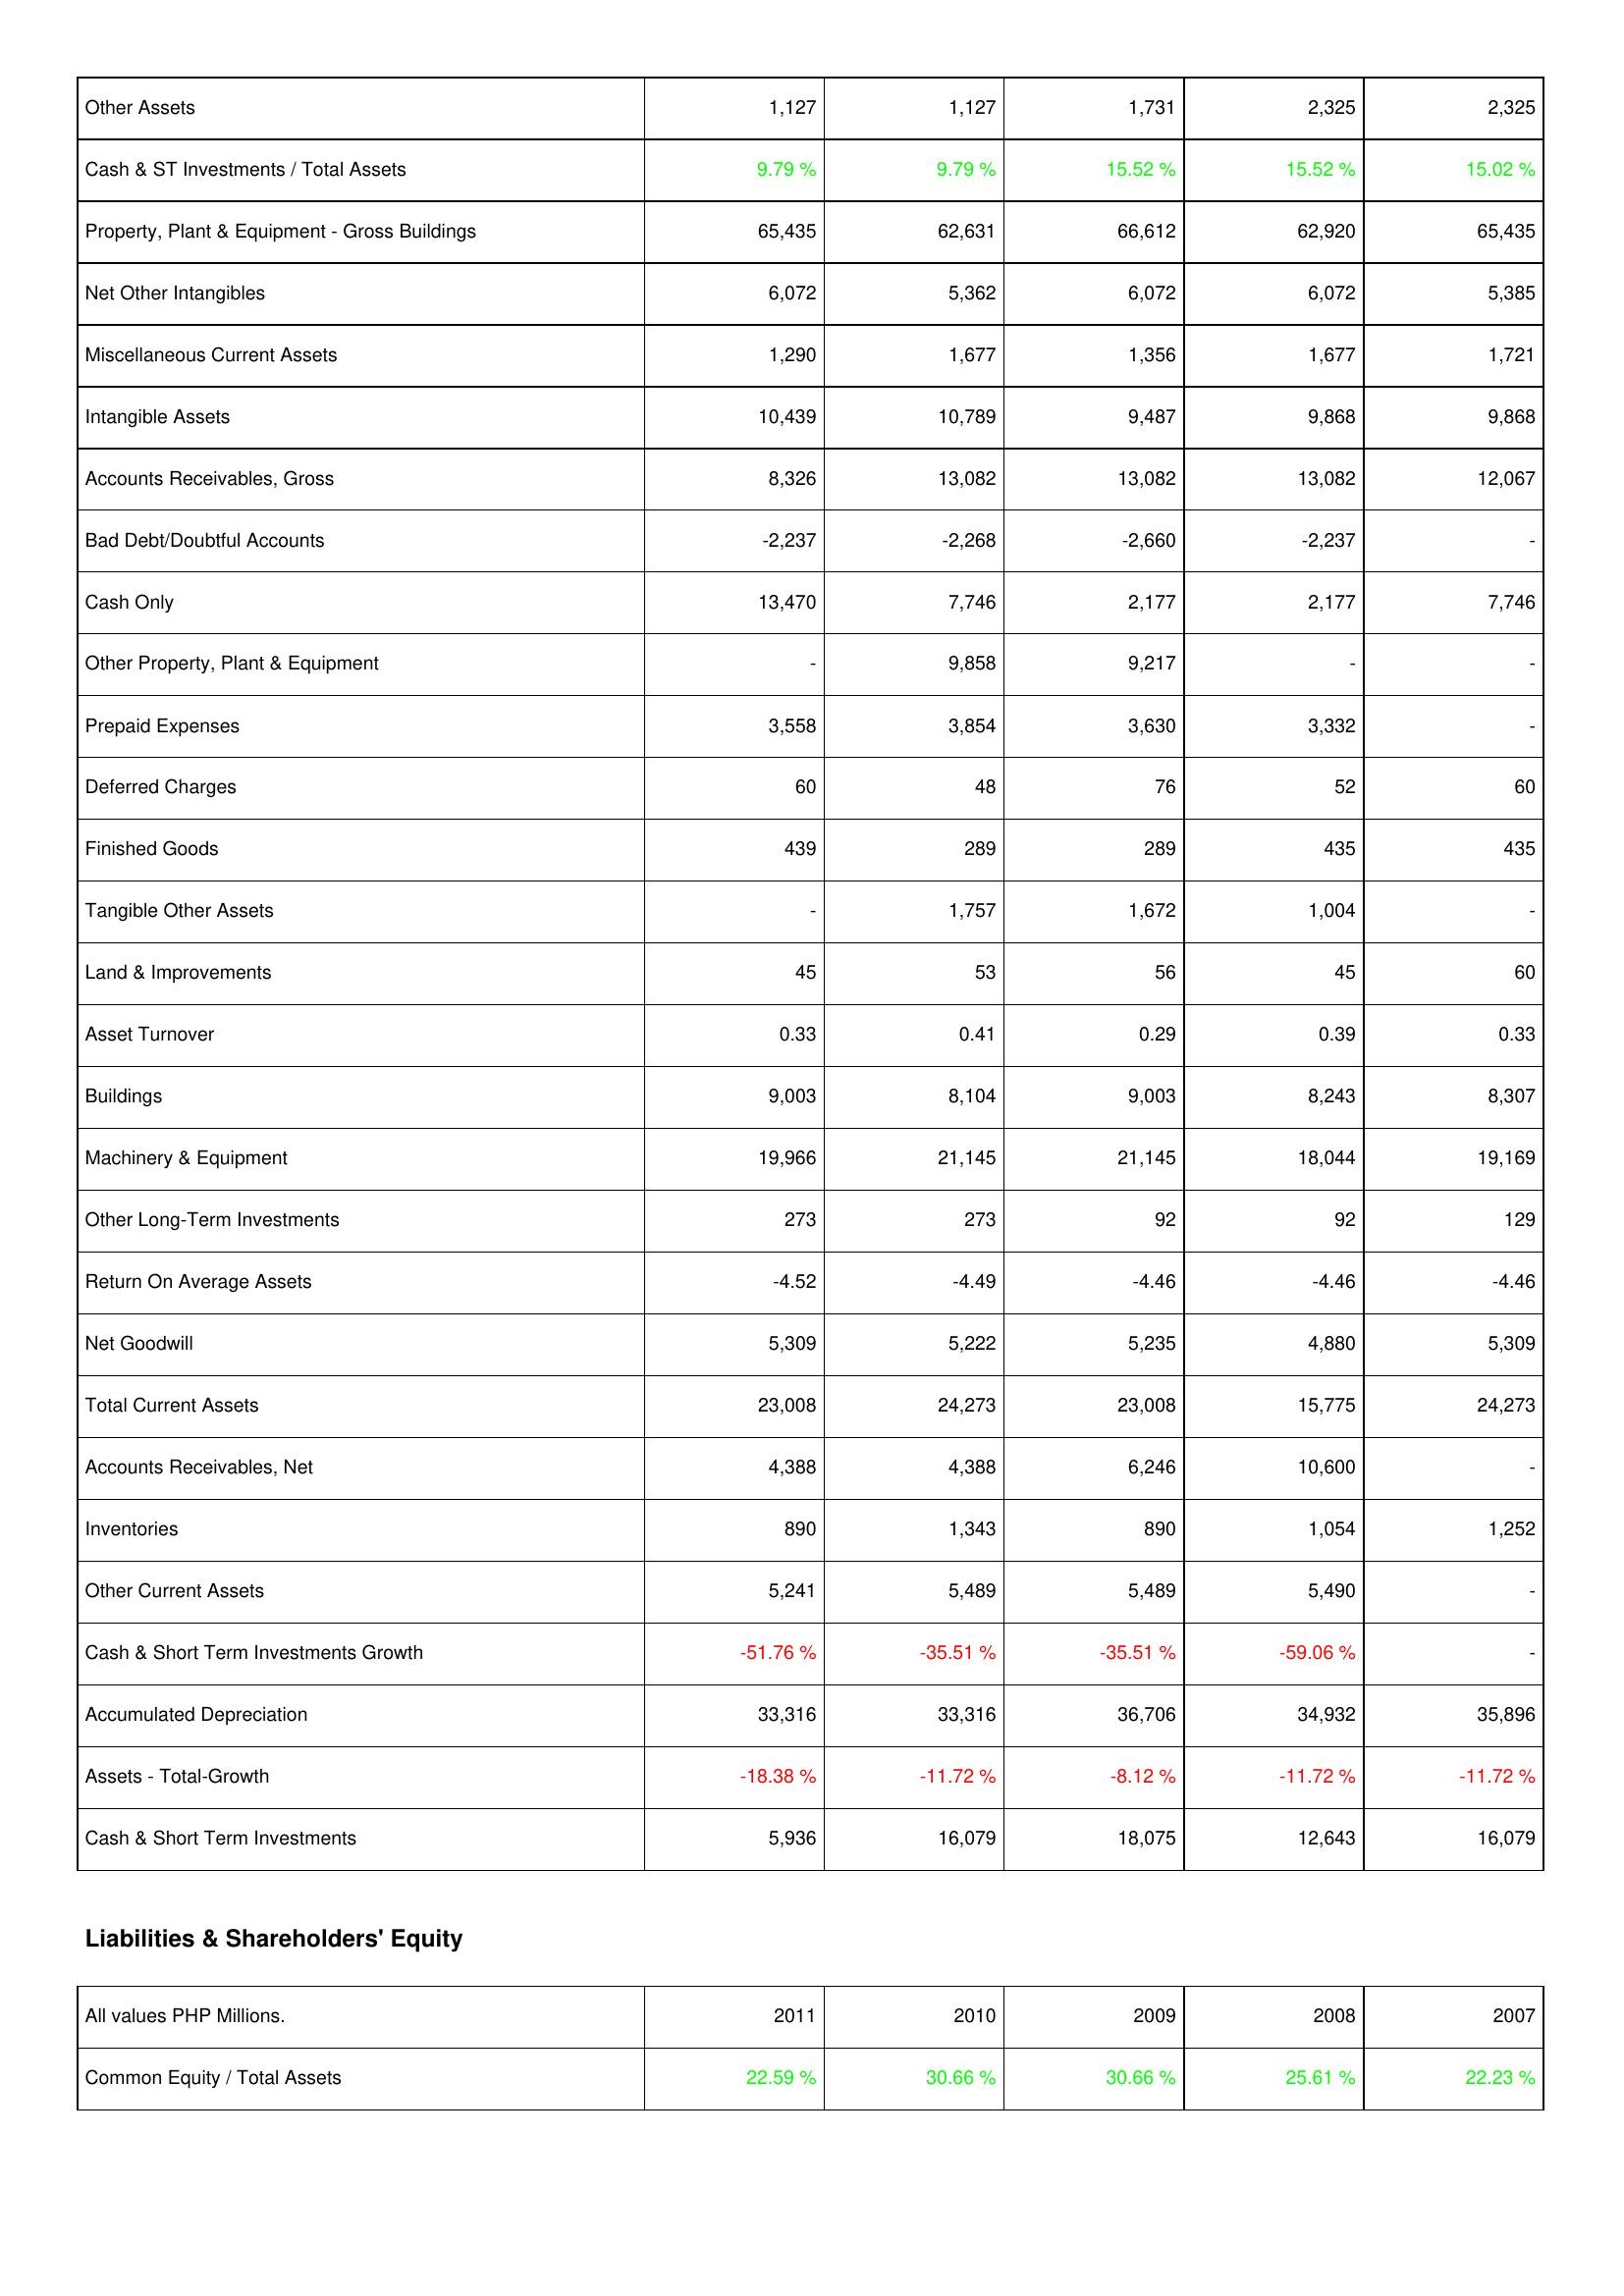
2011: Assets: Other Assets: 1,127
Cash & ST Investments / Total Assets: 9.79 %
Property, Plant & Equipment - Gross Buildings: 65,435
Net Other Intangibles: 6,072
Miscellaneous Current Assets: 1,290
Intangible Assets: 10,439
Accounts Receivables, Gross: 8,326
Bad Debt/Doubtful Accounts: -2,237
Cash Only: 13,470
Other Property, Plant & Equipment: -
Prepaid Expenses: 3,558
Deferred Charges: 60
Finished Goods: 439
Tangible Other Assets: -
Land & Improvements: 45
Asset Turnover: 0.33
Buildings: 9,003
Machinery & Equipment: 19,966
Other Long-Term Investments: 273
Return On Average Assets: -4.52
Net Goodwill: 5,309
Total Current Assets: 23,008
Accounts Receivables, Net: 4,388
Inventories: 890
Other Current Assets: 5,241
Cash & Short Term Investments Growth: -51.76 %
Accumulated Depreciation: 33,316
Assets - Total-Growth: -18.38 %
Cash & Short Term Investments: 5,936
Liabilities & Shareholders' Equity: Common Equity / Total Assets: 22.59 %
2010: Assets: Other Assets: 1,127
Cash & ST Investments / Total Assets: 9.79 %
Property, Plant & Equipment - Gross Buildings: 62,631
Net Other Intangibles: 5,362
Miscellaneous Current Assets: 1,677
Intangible Assets: 10,789
Accounts Receivables, Gross: 13,082
Bad Debt/Doubtful Accounts: -2,268
Cash Only: 7,746
Other Property, Plant & Equipment: 9,858
Prepaid Expenses: 3,854
Deferred Charges: 48
Finished Goods: 289
Tangible Other Assets: 1,757
Land & Improvements: 53
Asset Turnover: 0.41
Buildings: 8,104
Machinery & Equipment: 21,145
Other Long-Term Investments: 273
Return On Average Assets: -4.49
Net Goodwill: 5,222
Total Current Assets: 24,273
Accounts Receivables, Net: 4,388
Inventories: 1,343
Other Current Assets: 5,489
Cash & Short Term Investments Growth: -35.51 %
Accumulated Depreciation: 33,316
Assets - Total-Growth: -11.72 %
Cash & Short Term Investments: 16,079
Liabilities & Shareholders' Equity: Common Equity / Total Assets: 30.66 %
2009: Assets: Other Assets: 1,731
Cash & ST Investments / Total Assets: 15.52 %
Property, Plant & Equipment - Gross Buildings: 66,612
Net Other Intangibles: 6,072
Miscellaneous Current Assets: 1,356
Intangible Assets: 9,487
Accounts Receivables, Gross: 13,082
Bad Debt/Doubtful Accounts: -2,660
Cash Only: 2,177
Other Property, Plant & Equipment: 9,217
Prepaid Expenses: 3,630
Deferred Charges: 76
Finished Goods: 289
Tangible Other Assets: 1,672
Land & Improvements: 56
Asset Turnover: 0.29
Buildings: 9,003
Machinery & Equipment: 21,145
Other Long-Term Investments: 92
Return On Average Assets: -4.46
Net Goodwill: 5,235
Total Current Assets: 23,008
Accounts Receivables, Net: 6,246
Inventories: 890
Other Current Assets: 5,489
Cash & Short Term Investments Growth: -35.51 %
Accumulated Depreciation: 36,706
Assets - Total-Growth: -8.12 %
Cash & Short Term Investments: 18,075
Liabilities & Shareholders' Equity: Common Equity / Total Assets: 30.66 %
2008: Assets: Other Assets: 2,325
Cash & ST Investments / Total Assets: 15.52 %
Property, Plant & Equipment - Gross Buildings: 62,920
Net Other Intangibles: 6,072
Miscellaneous Current Assets: 1,677
Intangible Assets: 9,868
Accounts Receivables, Gross: 13,082
Bad Debt/Doubtful Accounts: -2,237
Cash Only: 2,177
Other Property, Plant & Equipment: -
Prepaid Expenses: 3,332
Deferred Charges: 52
Finished Goods: 435
Tangible Other Assets: 1,004
Land & Improvements: 45
Asset Turnover: 0.39
Buildings: 8,243
Machinery & Equipment: 18,044
Other Long-Term Investments: 92
Return On Average Assets: -4.46
Net Goodwill: 4,880
Total Current Assets: 15,775
Accounts Receivables, Net: 10,600
Inventories: 1,054
Other Current Assets: 5,490
Cash & Short Term Investments Growth: -59.06 %
Accumulated Depreciation: 34,932
Assets - Total-Growth: -11.72 %
Cash & Short Term Investments: 12,643
Liabilities & Shareholders' Equity: Common Equity / Total Assets: 25.61 %
2007: Assets: Other Assets: 2,325
Cash & ST Investments / Total Assets: 15.02 %
Property, Plant & Equipment - Gross Buildings: 65,435
Net Other Intangibles: 5,385
Miscellaneous Current Assets: 1,721
Intangible Assets: 9,868
Accounts Receivables, Gross: 12,067
Bad Debt/Doubtful Accounts: -
Cash Only: 7,746
Other Property, Plant & Equipment: -
Prepaid Expenses: -
Deferred Charges: 60
Finished Goods: 435
Tangible Other Assets: -
Land & Improvements: 60
Asset Turnover: 0.33
Buildings: 8,307
Machinery & Equipment: 19,169
Other Long-Term Investments: 129
Return On Average Assets: -4.46
Net Goodwill: 5,309
Total Current Assets: 24,273
Accounts Receivables, Net: -
Inventories: 1,252
Other Current Assets: -
Cash & Short Term Investments Growth: -
Accumulated Depreciation: 35,896
Assets - Total-Growth: -11.72 %
Cash & Short Term Investments: 16,079
Liabilities & Shareholders' Equity: Common Equity / Total Assets: 22.23 %